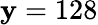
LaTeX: \mathbf{y}=128